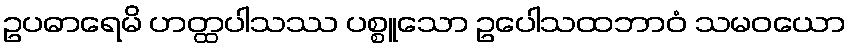
ဥပဓာရေမိ ဟတ္ထပါသဿ ပစ္စူသော ဥပေါသထဘာဝံ သမဝယော